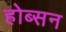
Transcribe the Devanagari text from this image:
होब्सन